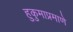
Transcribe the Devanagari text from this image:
हुकुमाप्रमाणे